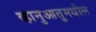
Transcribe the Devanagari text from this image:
व्हानुआतुमधील